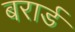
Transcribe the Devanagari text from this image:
बरार्ड